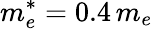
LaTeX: m_{e}^{*}=0.4\, m_{e}